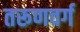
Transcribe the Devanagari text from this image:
तरूणवर्ग